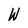
Character: W